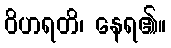
ဝိဟရတိ၊ နေရ၏။